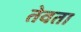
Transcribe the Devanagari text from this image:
तेवता